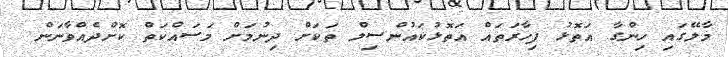
މާލޭގައި ހިންގާ އަތޮޅު ފިހާރަތައް އަތޮޅުކައުންސިލް ތަކަށް ދިނުމަށް މަސައްކަތް ކޮށްދެއްވާނަން